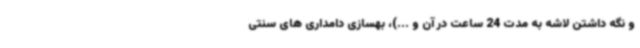
و نگه داشتن لاشه به مدت 24 ساعت در آن و ...)، بهسازی دامداری های سنتی